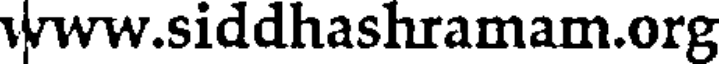
www.siddhashramam.org